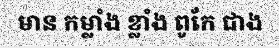
មាន កម្លាំង ខ្លាំង ពូកែ ជាង